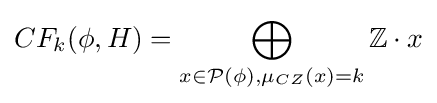
CF_{k}(\phi ,H)=\bigoplus _{x\in {\mathcal {P}}(\phi ),\mu _{CZ}(x)=k}\mathbb {Z} \cdot x